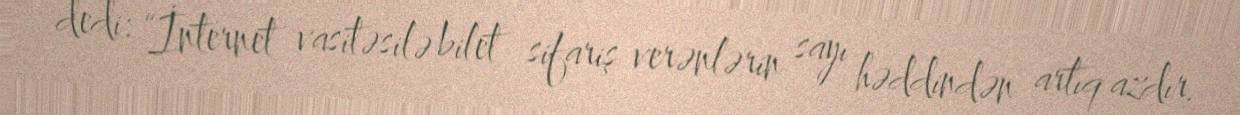
dedi: “İnternet vasitəsilə bilet sifariş verənlərin sayı həddindən artıq azdır.